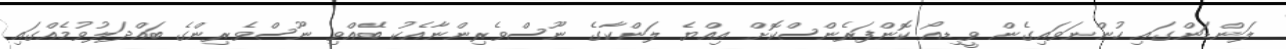
ލަންޑަންގައި ހުންނަވައިގެން ވީޑިއޯ ކޮންފަރެންސްކޮށް އިއްޔެ ލަންކާގެ ނޫސްވެރިންނާއެކު ބޭއްވި ނޫސްވެރިންގެ ބައްދަލުވުމެއްގައި